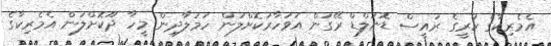
އެމެރިކާގެ ކުރީގެ ރައީސް ޑޮނަލްޑް ރޭގަން އަވަހާރަކޮށްލަން ހަމަލާދިން މީހާ ދޫކޮށްލަން އެމެރިކާގެ